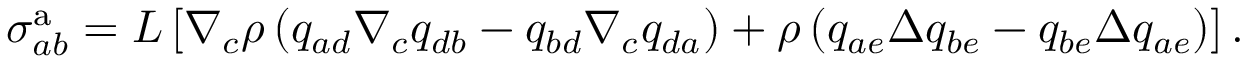
\sigma _ { a b } ^ { \mathrm { a } } = L \left[ \nabla _ { c } \rho \left( q _ { a d } \nabla _ { c } q _ { d b } - q _ { b d } \nabla _ { c } q _ { d a } \right) + \rho \left( q _ { a e } \Delta q _ { b e } - q _ { b e } \Delta q _ { a e } \right) \right] .